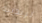
تريدينه